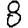
Digit: 8